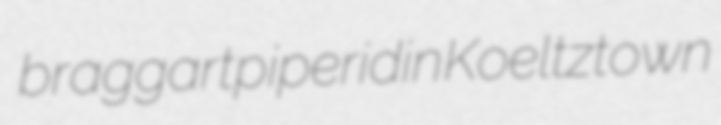
braggart piperidin Koeltztown